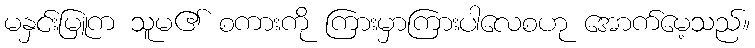
မနှင်းမြူက သူမ၏ စကားကို ကြားမှာကြားပါလေစဟု အောက်မေ့သည်။